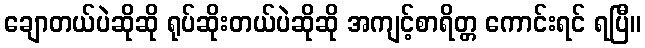
ချောတယ်ပဲဆိုဆို ရုပ်ဆိုးတယ်ပဲဆိုဆို အကျင့်စာရိတ္တ ကောင်းရင် ရပြီ။